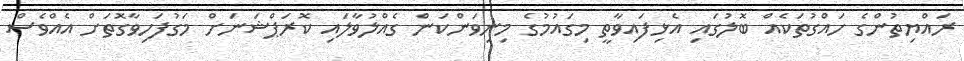
ރައްޔިތުންގެ ހައްގުތަކެއް ބޮލުގައި އެޅިފައިވާތީ މިގައުމުގެ މިނިވަންކަން ގެއްލުވާލަައި ކޮރަޕްޝަނަށް މަގުފަހިވާގޮތަށް އެއްވެސް